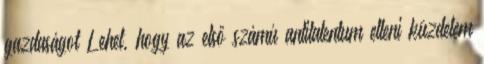
gazdaságot Lehet, hogy az első számú antitalentum elleni küzdelem